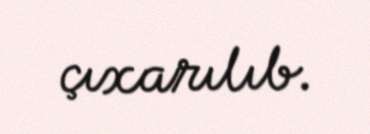
çıxarılıb.